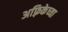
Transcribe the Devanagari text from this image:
अफ़्रिकेच्या